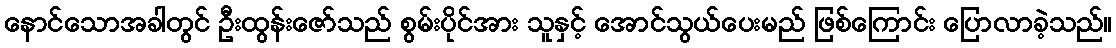
နောင်သောအခါတွင် ဦးထွန်းဇော်သည် စွမ်းပိုင်အား သူနှင့် အောင်သွယ်ပေးမည် ဖြစ်ကြောင်း ပြောလာခဲ့သည်။